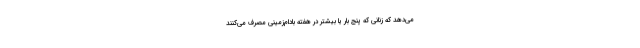
می‌دهد که زنانی که پنج بار یا بیشتر در هفته بادام‌زمینی مصرف می‌کنند